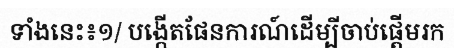
ទាំងនេះ៖១/ បង្កើតផែនការណ៍ដើម្បីចាប់ផ្តើមរក